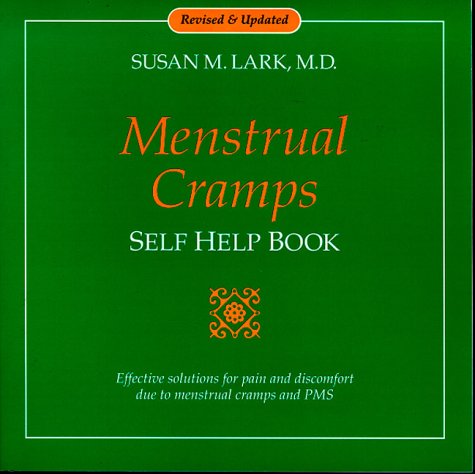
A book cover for Menstrual Cramps Self Help Book: Effective Solutions for Pain and Discomfort Due to Menstrual Cramps and PMS; Susan M. Lark; Health, Fitness & Dieting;